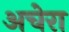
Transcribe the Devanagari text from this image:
अचेरा